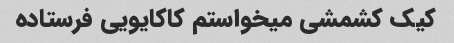
کیک کشمشی میخواستم کاکایویی فرستاده